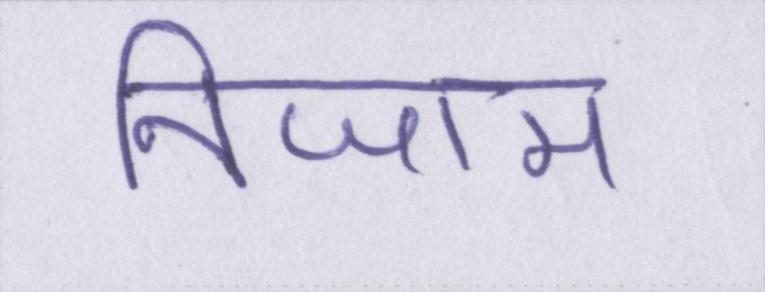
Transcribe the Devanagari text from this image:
निजाम